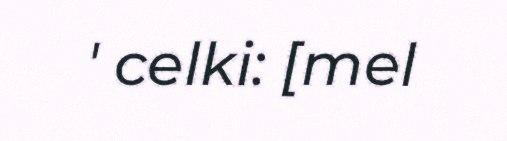
' celki: [mel